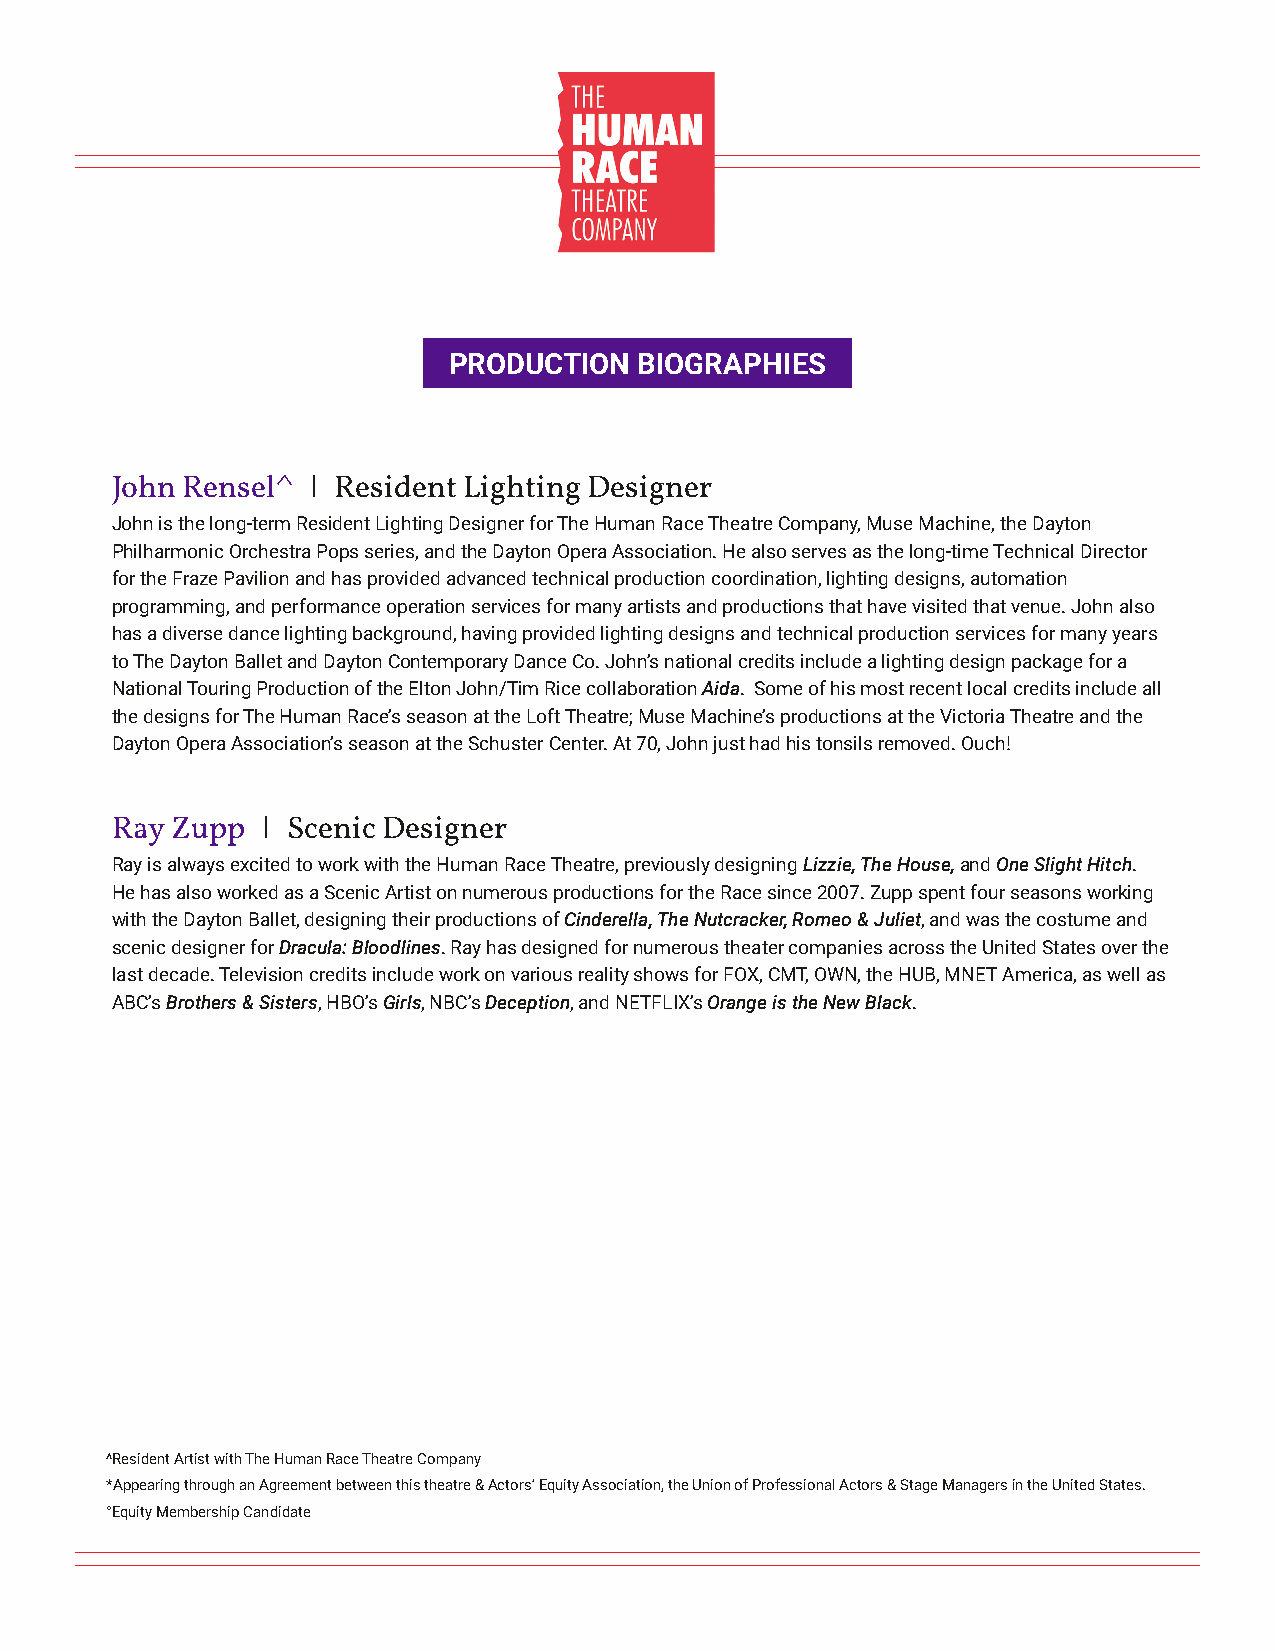
PRODUCTION  BIOGRAPHIES
 John Rensel^  I Resident Lighting Designer
 John is the long-term Resident Lighting Designer for The Human Race Theatre Company, Muse Machine, the Dayton
 Philharmonic Orchestra Pops series, and the Dayton Opera Association. He also serves as the long-time Technical Director
 for the Fraze Pavilion and has provided advanced technical production coordination, lighting designs, automation
 programming, and performance operation services for many artists and productions that have visited that venue. John also
 has a diverse dance lighting background, having provided lighting designs and technical production services for many years
 to The Dayton Ballet and Dayton Contemporary Dance Co. John’s national credits include a lighting design package for a
 National Touring Production of the Elton John/Tim Rice collaboration Aida. Some of his most recent local credits include all
 the designs for The Human Race’s season at the Loft Theatre; Muse Machine’s productions at the Victoria Theatre and the
 Dayton Opera Association’s season at the Schuster Center. At 70, John just had his tonsils removed. Ouch!
 Ray Zupp  I Scenic Designer
 Ray is always excited to work with the Human Race Theatre, previously designing Lizzie, The House, and One Slight Hitch.
 He has also worked as a Scenic Artist on numerous productions for the Race since 2007. Zupp spent four seasons working
 with the Dayton Ballet, designing their productions of Cinderella, The Nutcracker, Romeo & Juliet, and was the costume and
 scenic designer for Dracula: Bloodlines. Ray has designed for numerous theater companies across the United States over the
 last decade. Television credits include work on various reality shows for FOX, CMT, OWN, the HUB, MNET America, as well as
 ABC’s Brothers & Sisters, HBO’s Girls, NBC’s Deception, and NETFLIX’s Orange is the New Black.
 ^Resident Artist with The Human Race Theatre Company
 *Appearing through an Agreement between this theatre & Actors’ Equity Association, the Union of Professional Actors & Stage Managers in the United States.
 °Equity Membership Candidate